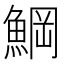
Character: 𩸒